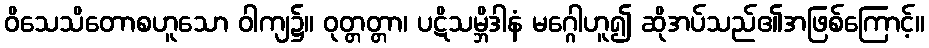
ဝိသေသိတောစဟူသော ဝါကျ၌။ ဝုတ္တတ္တာ၊ ပဋိသမ္ဘိဒါနံ မဂ္ဂေါဟူ၍ ဆိုအပ်သည်၏အဖြစ်ကြောင့်။